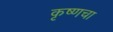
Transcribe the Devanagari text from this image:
कृष्णचा